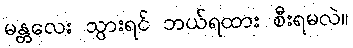
မန္တလေး သွားရင် ဘယ်ရထား စီးရမလဲ။